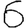
Digit: 6